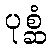
ပုစ္ဆံ